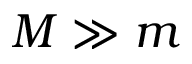
M \gg m